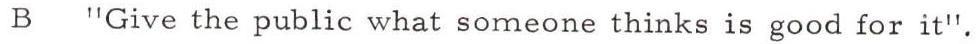
B "Give the public what someone thinks is good for it".